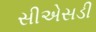
સીએસડી